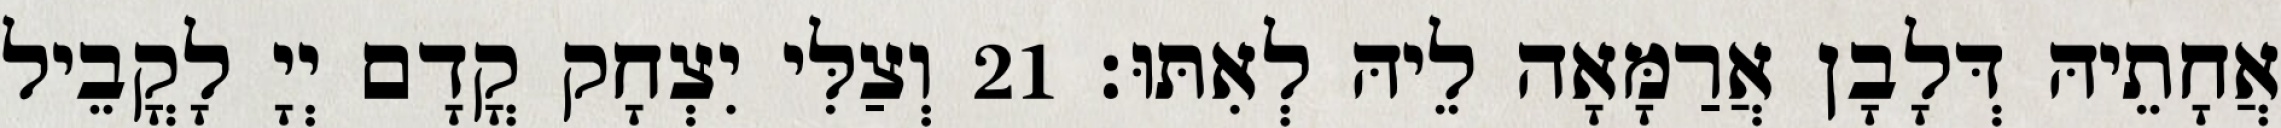
אֲחָתֵיהּ דְּלָבָן אֲרַמָּאָה לֵיהּ לְאִתּוּ׃ 21 וְצַלִּי יִצְחָק קֳדָם יְיָ לָקֳבֵיל